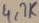
Text: 4,7K